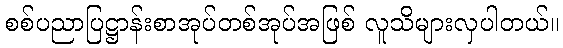
စစ်ပညာပြဋ္ဌာန်းစာအုပ်တစ်အုပ်အဖြစ် လူသိများလှပါတယ်။